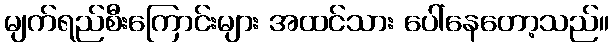
မျက်ရည်စီးကြောင်းများ အထင်သား ပေါ်နေတော့သည်။